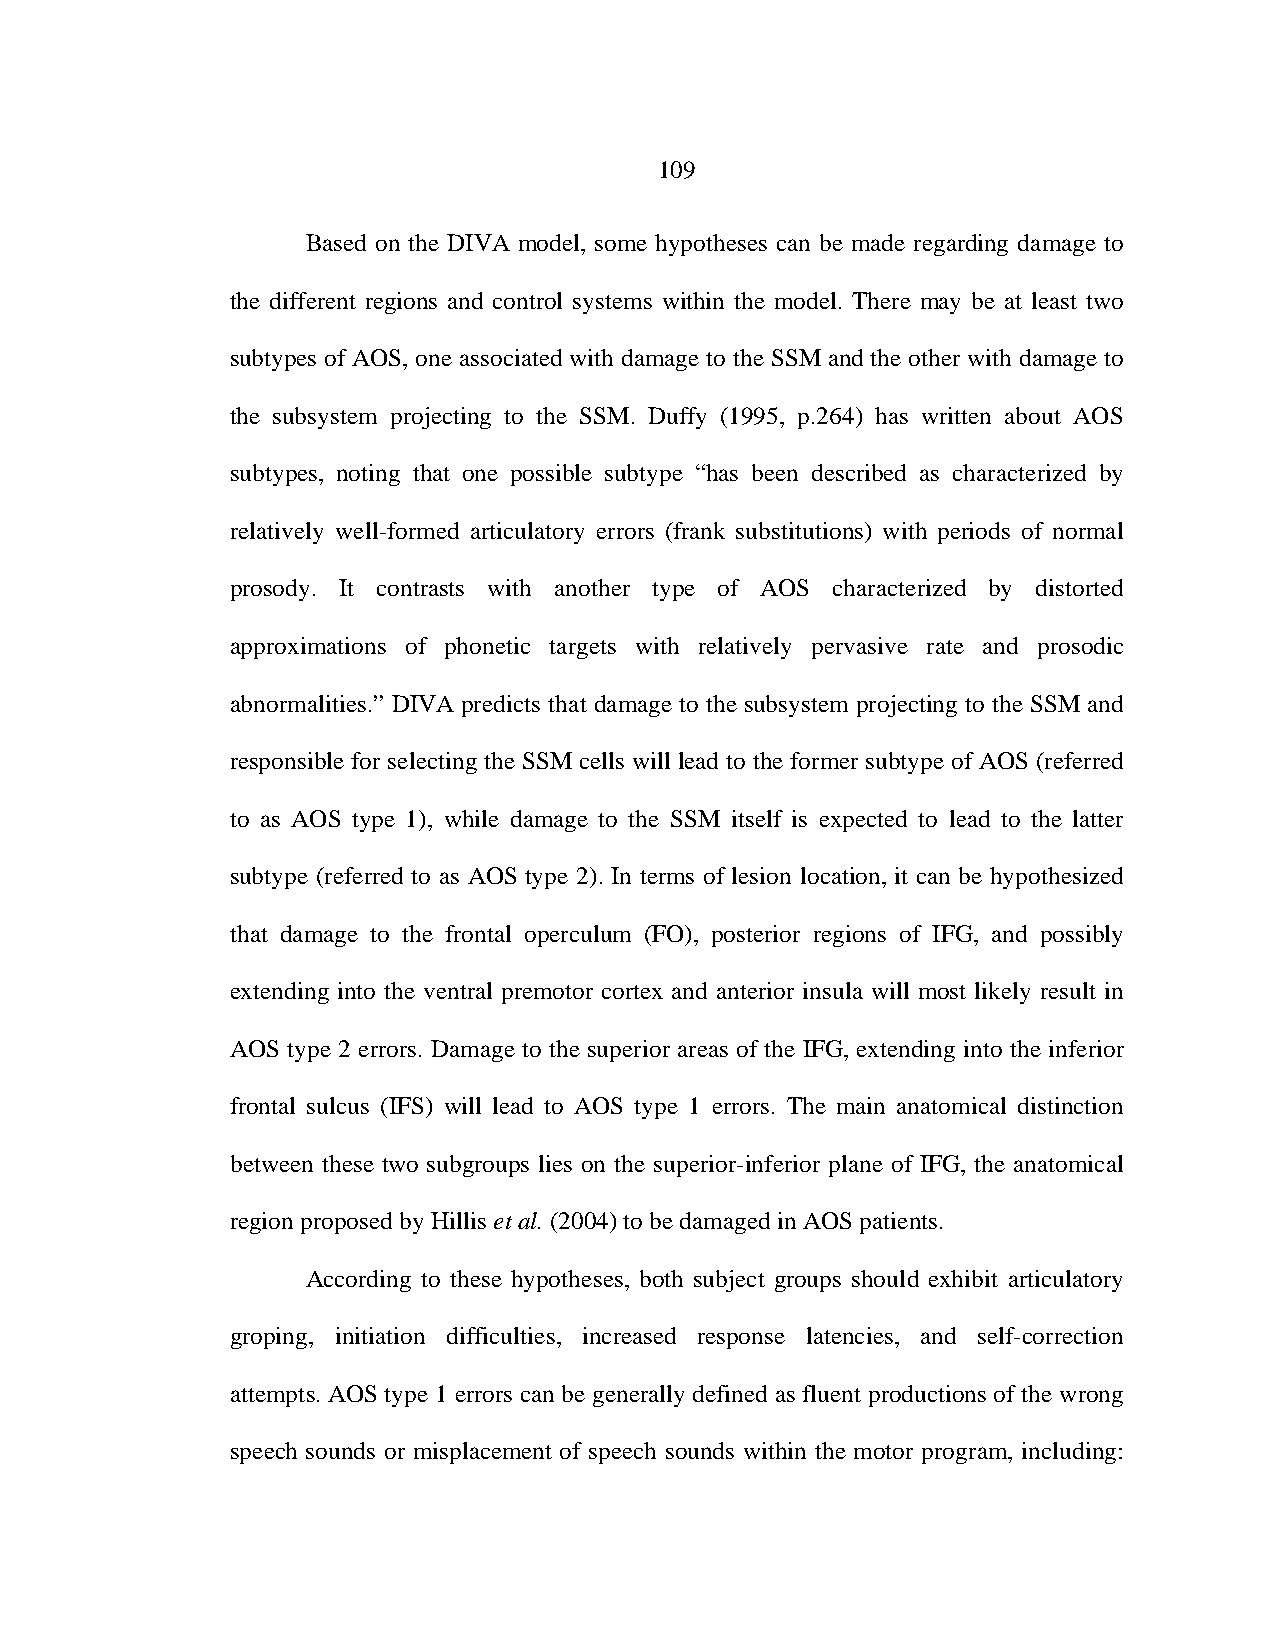
109
 Based on the DIVA model, some hypotheses can be made regarding damage to
 the different regions and control systems within the model. There may be at least two
 subtypes of AOS, one associated with damage to the SSM and the other with damage to
 the subsystem projecting to the SSM. Duffy (1995, p.264) has written about AOS
 subtypes, noting that one possible subtype “has been described as characterized by
 relatively well-formed articulatory errors (frank substitutions) with periods of normal
 prosody. It contrasts with another type of AOS characterized by distorted
 approximations of phonetic targets with relatively pervasive rate and prosodic
 abnormalities.” DIVA predicts that damage to the subsystem projecting to the SSM and
 responsible for selecting the SSM cells will lead to the former subtype of AOS (referred
 to as AOS type 1), while damage to the SSM itself is expected to lead to the latter
 subtype (referred to as AOS type 2). In terms of lesion location, it can be hypothesized
 that damage to the frontal operculum (FO), posterior regions of IFG, and possibly
 extending into the ventral premotor cortex and anterior insula will most likely result in
 AOS type 2 errors. Damage to the superior areas of the IFG, extending into the inferior
 frontal sulcus (IFS) will lead to AOS type 1 errors. The main anatomical distinction
 between these two subgroups lies on the superior-inferior plane of IFG, the anatomical
 region proposed by Hillis et al. (2004) to be damaged in AOS patients.
 According to these hypotheses, both subject groups should exhibit articulatory
 groping, initiation difficulties, increased response latencies, and self-correction
 attempts. AOS type 1 errors can be generally defined as fluent productions of the wrong
 speech sounds or misplacement of speech sounds within the motor program, including: